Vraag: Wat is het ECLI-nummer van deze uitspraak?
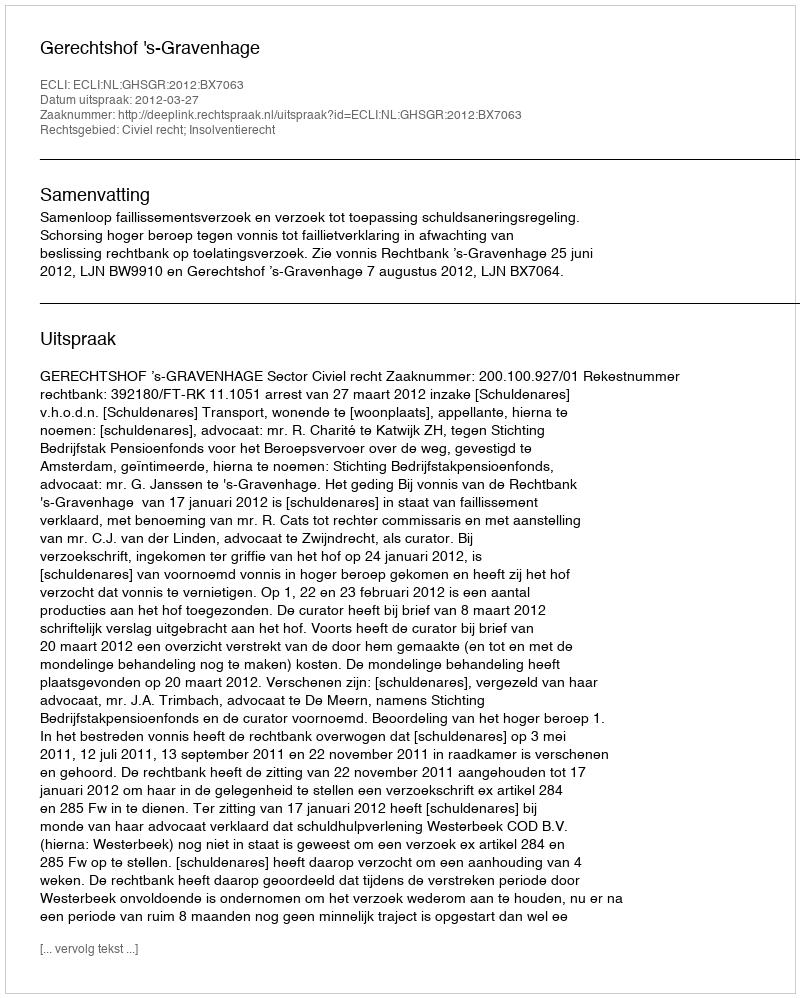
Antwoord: ECLI:NL:GHSGR:2012:BX7063